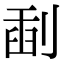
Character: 𠝞